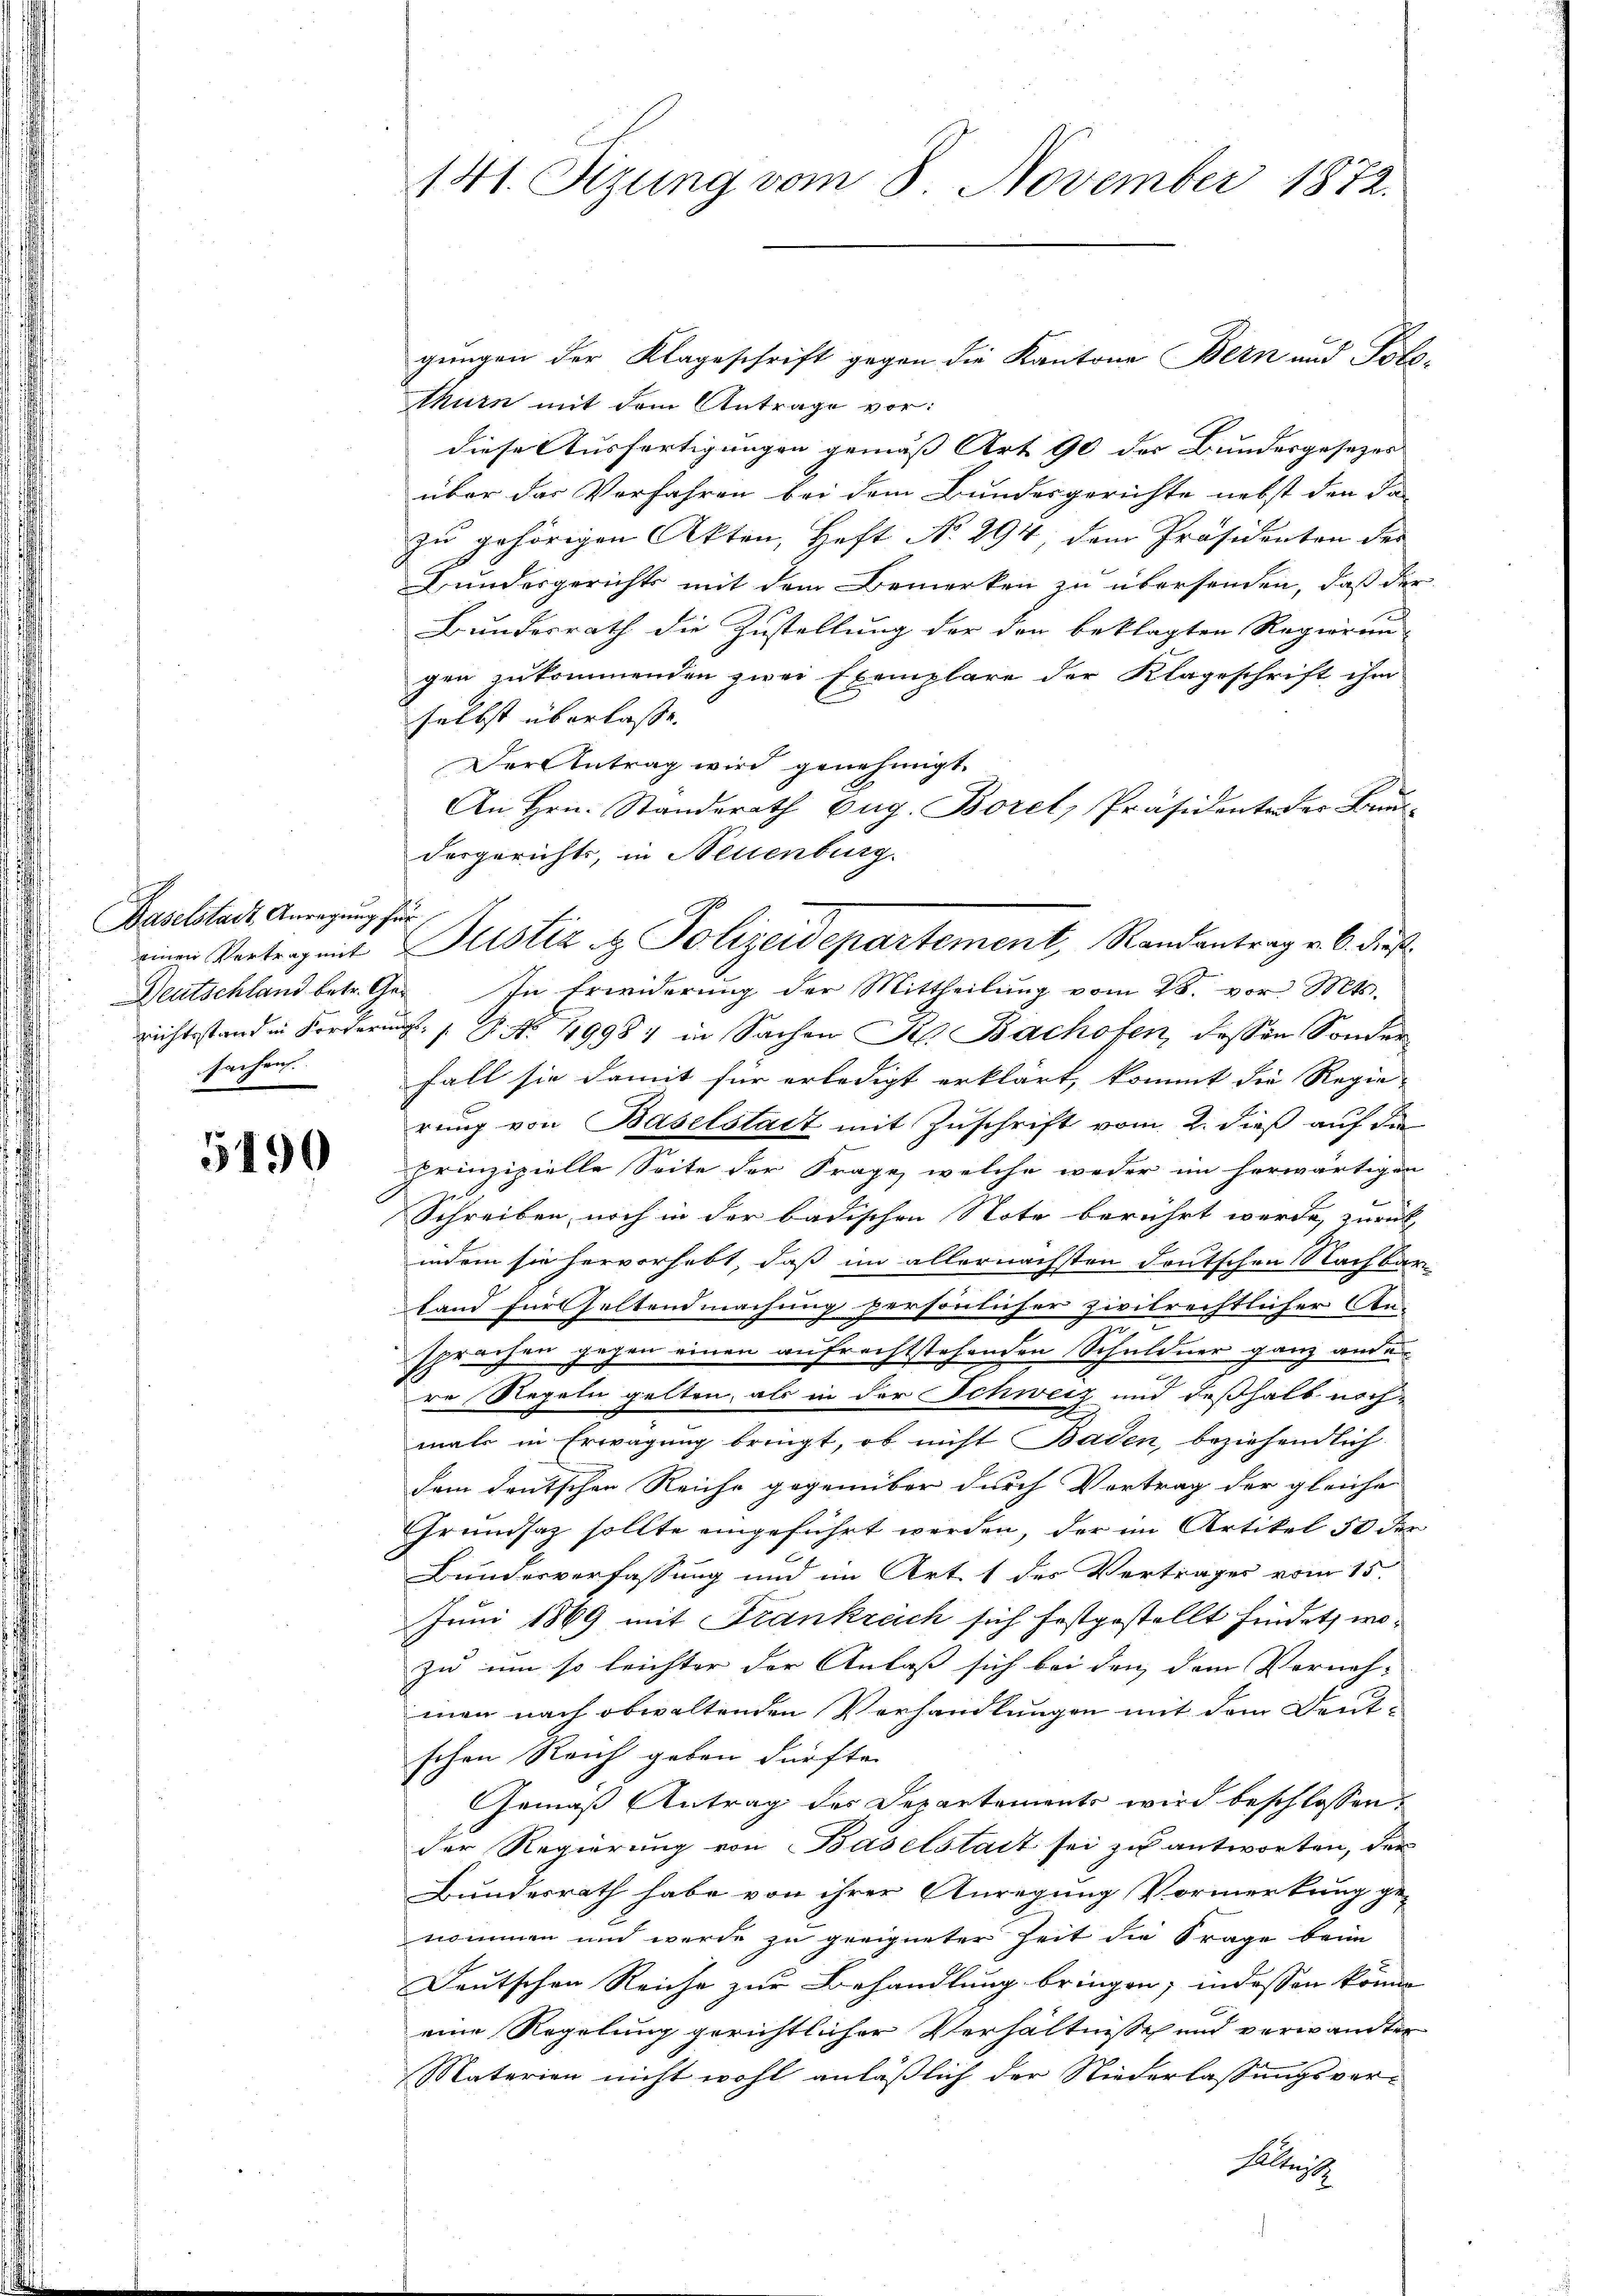
Baselstadt Anregung für
sachen.

5190

141. Sizung vom 8. November 1872.

gungen der Klageschrift gegen die Kantone Bern und Polo-
thurn mit dem Antrage vor:
diese Ausfertigungen gemäß Art. 90 der Bundesgesezes
über das Verfahren bei dem Bundesgerichte nebst den da
zŭ gehörigen Akten, Heft No. 294, dem Präsidenten der
Bundergerichts mit dem Bemerken zu übersenden, daß der
Bundesrath die Zustellung der den beklagten Regierung
gen zukommenden zwei Exemplare der Klageschrift ihm
selbst überlasse.
Der Antrag wird genehmigt.
An Hrn. Standerath Eug. Borel, Präsidente der Bau-
Deutschland betr. Ger. In Erwiderung der Mittheilŭng vom 28. vor. Mts.
richtsstand in Forderung s. B. No 49987 in Sachen Frl. Bachofen, dessen Sonder
Fall sie damit für erledigt erklärt, kommt die Regie-
rung von Baselstatt mit Zuschrift vom 2. dieß auf die
prinzipielle Seite der Frage, welche weder im herwärtigen
Schreiben, noch in der badischen Note berührt werde, zurück
indem sie hervorhebt, daß im allernächsten deutschen Nachbar-
land für Geltendmachung persönlicher zivilrechtlicher An-
2
sprachen gegen einen aufrechtstehenden Schuldner ganz ande
re Regeln gelten, als in der Schweiz und deßhalb noch-
mals in Erwägung bringt, ob nicht Baden, beziehendlich
dem deutschen Reiche gegenüber durch Vortrag der gleiche
Grundsaz sollte eingeführt werden, der im Artikel 50 der
Bundesverfassung und im Art. 1 des Vertrages vom 15.
Juni 1869 mit Frankreich sich festgestellt findet, wozu um so leichter der Anlaß sich bei den dem Vorneh-
men nach obwaltenden Vorhandlungen mit dem Deut-
schen Reich geben dürfte.
Gemäß Antrag des Departements wird beschlossen:
der Regierung von Baselstadt sei zu antworten, der
Bundesrath habe von ihrer Anregung Vormerkung ge-
nommen und werde zu geeigneter Zeit die Frage beim
Deutschen Reiche zur Behandlung bringen, indessen könne
eine Regelung gerichtlicher Verhältnisse und verwandter
Materien nicht wohl anläßlich der Niederlassungsver-
Alterst

desgerichts, in Neuenburg.
einen Vertrag mit Plistiz & Polizeidepartement, Randantrag v. 6. dieß